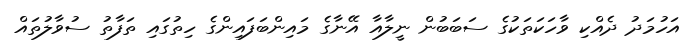
އަހުމަދު ދެއްކި ވާހަކަތަކުގެ ސަބަބުން ނީލާއާ އޭނާގެ މައިންބަފައިންގެ ހިތުގައި ތަފާތު ސުވާލުތައް